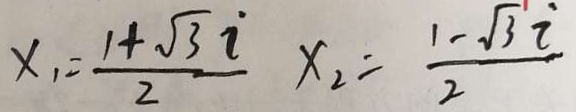
x _ { 1 } = \frac { 1 + \sqrt { 3 } i } { 2 } x _ { 2 } = \frac { 1 - \sqrt { 3 } i } { 2 }